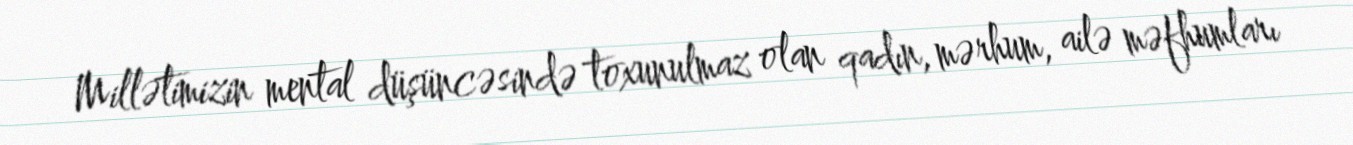
Millətimizin mental düşüncəsində toxunulmaz olan qadın, mərhum, ailə məfhumları